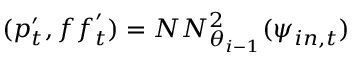
( \boldsymbol { p } _ { t } ^ { \prime } , \boldsymbol { f f } _ { t } ^ { \prime } ) = N N _ { \theta _ { i - 1 } } ^ { 2 } ( \boldsymbol { \psi } _ { i n , t } )